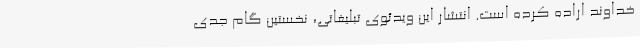
خداوند اراده کرده است. انتشار این ویدئوی تبلیغاتی، نخستین گام جدی